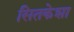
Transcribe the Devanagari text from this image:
सितकेशा